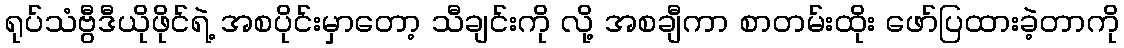
ရုပ်သံဗွီဒီယိုဖိုင်ရဲ့ အစပိုင်းမှာတော့ သီချင်းကို လို့ အစချီကာ စာတမ်းထိုး ဖော်ပြထားခဲ့တာကို